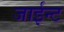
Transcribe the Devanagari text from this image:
जाईन्ट